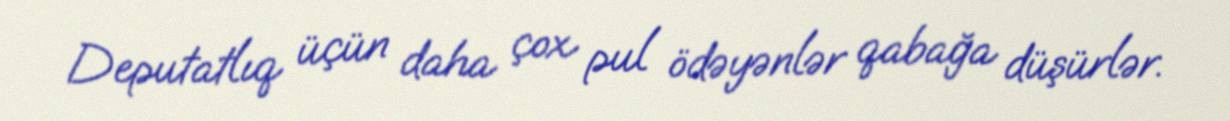
Deputatlıq üçün daha çox pul ödəyənlər qabağa düşürlər.